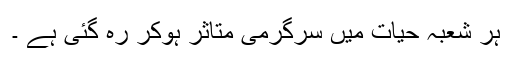
ہر شعبہ حیات میں سرگرمی متاثر ہوکر رہ گئی ہے ۔